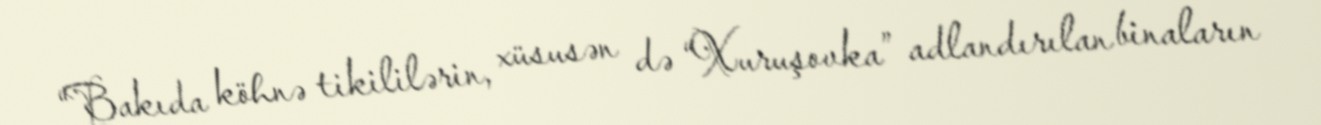
“Bakıda köhnə tikililərin, xüsusən də “Xuruşovka” adlandırılan binaların